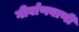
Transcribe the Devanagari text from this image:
गीर्वाणवाणी